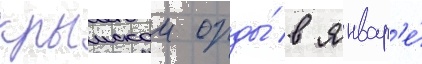
крымскои орды́ в январ'е́